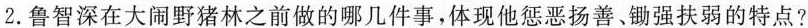
2.鲁智深在大闹野猪林之前做的哪几件事，体现他惩恶扬善、锄强扶弱的特点?